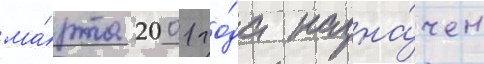
ма́рта 2001 го́да назна́чен